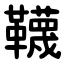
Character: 韈